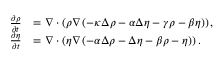
\begin{array} { r l } { \frac { \partial \rho } { \partial t } } & { = \nabla \cdot \left( \rho \nabla \left( - \kappa \Delta \rho - \alpha \Delta \eta - \gamma \rho - \beta \eta \right) \right) , } \\ { \frac { \partial \eta } { \partial t } } & { = \nabla \cdot \left( \eta \nabla \left( - \alpha \Delta \rho - \Delta \eta - \beta \rho - \eta \right) \right) . } \end{array}